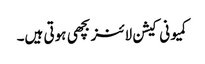
کمیونی کیشن لائنز بچھی ہوتی ہیں۔